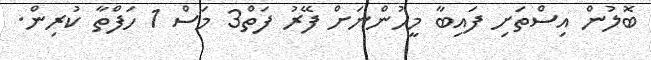
ބޮލުން އިސްތަށި ފައިބާ މީހުންނަށް ފޭރު ފަތް3 މަސް 1 ހަފްތާ ކުރިން.